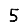
Digit: 5